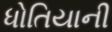
ધોતિયાની